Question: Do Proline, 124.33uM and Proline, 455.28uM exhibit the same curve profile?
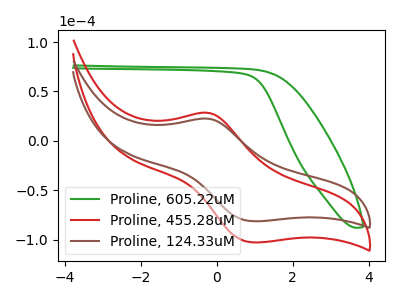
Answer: <think>The green curve "Proline, 605.22uM" has no peaks. The red curve "Proline, 455.28uM" has an anodic peak at (-0.20V, 28.20uA) and a cathodic peak at (0.95V, -102.90uA). The brown curve "Proline, 124.33uM" has an anodic peak at (-0.20V, 22.35uA) and a cathodic peak at (0.95V, -81.45uA).
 All the peaks in "Proline, 124.33uM" have a peak in "Proline, 455.28uM" at the same potential. Every peak in "Proline, 124.33uM" is lower than every peak in "Proline, 455.28uM".</think>
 <answer>"Proline, 124.33uM" and "Proline, 455.28uM" are similar in shape.</answer>
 <eval>same_shape</eval>